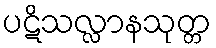
ပဋိသလ္လာနသုတ္တ